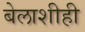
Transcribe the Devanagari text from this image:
बेलाशीही